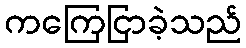
ကကြေငြာခဲ့သည်